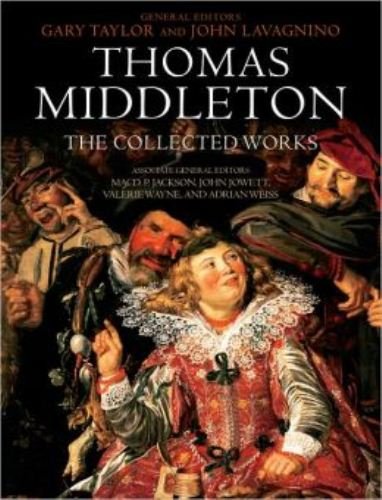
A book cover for Thomas Middleton: The Collected Works; Literature & Fiction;